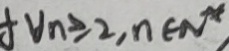
V _ { n } \geq 2 , n \in N ^ { x }